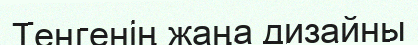
Теңгенің жаңа дизайны